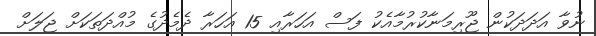
ނުވާ އަދަދަކުން ޖޫރިމަނާކުރުމާއެކު ފަސް އަހަރާއި 15 އަހަރާ ދެމެދުގެ މުއްދަތަކަށް ޖަލަށް